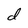
Character: d